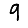
Digit: 9